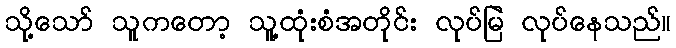
သို့သော် သူကတော့ သူ့ထုံးစံအတိုင်း လုပ်မြဲ လုပ်နေသည်။